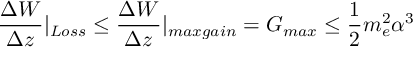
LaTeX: \frac { \Delta W } { \Delta z } | _ { L o s s } \leq \frac { \Delta W } { \Delta z } | _ { m a x g a i n } = G _ { m a x } \leq \frac { 1 } { 2 } m _ { e } ^ { 2 } \alpha ^ { 3 }